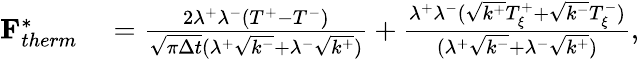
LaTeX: \begin{array}{rl}{\mathbf{F}_{therm}^{*}}&{{}=\frac{2\lambda^{+}\lambda^{-}(T^{+}-T^{-})}{\sqrt{\pi\Delta t}(\lambda^{+}\sqrt{k^{-}}+\lambda^{-}\sqrt{k^{+}})}+\frac{\lambda^{+}\lambda^{-}(\sqrt{k^{+}}T_{\xi}^{+}+\sqrt{k^{-}}T_{\xi}^{-})}{(\lambda^{+}\sqrt{k^{-}}+\lambda^{-}\sqrt{k^{+}})},}\end{array}